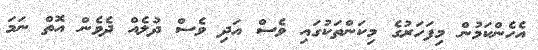
އެހެންކަމުން މިފަހަރުގެ މިކަންތަކުގައި ވެސް އަދި ވެސް ދުލެއް ދެވެން އޮތް ނަމަ